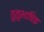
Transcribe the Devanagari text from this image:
तुळुभाषिक